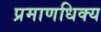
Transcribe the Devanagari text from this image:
प्रमाणधिक्य